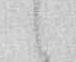
候